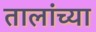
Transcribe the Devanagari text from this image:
तालांच्या